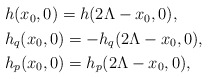
\begin{align*}\begin{aligned} &h(x_0,0)=h(2\Lambda-x_0,0),\\ &h_q(x_0,0)=-h_q(2\Lambda-x_0,0), \\ &h_p(x_0,0)=h_p(2\Lambda-x_0,0), \end{aligned}\end{align*}